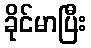
ခိုင်မာပြီး